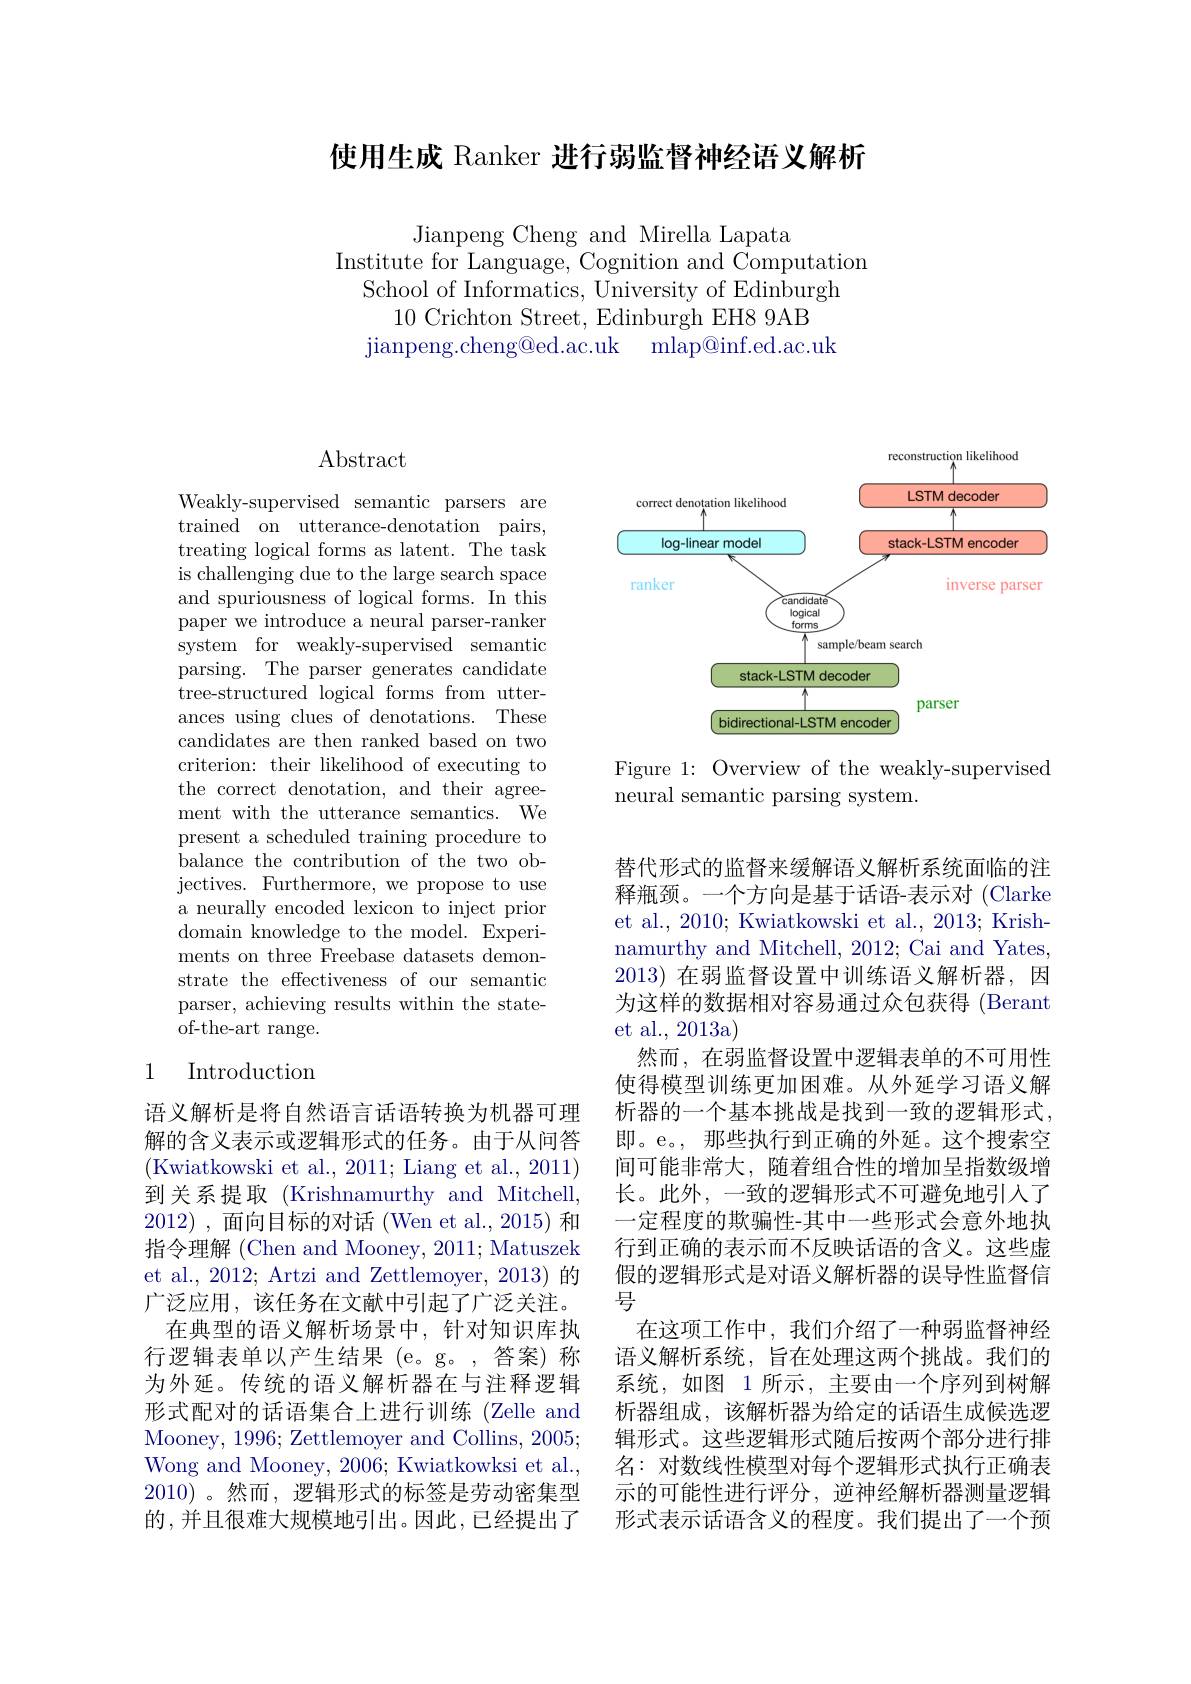
使用生成 Ranker 进行弱监督神经语义解析

Jianpeng Cheng and Mirella Lapata
Institute for Language, Cognition and Computation
School of Informatics, University of Edinburgh
10 Crichton Street, Edinburgh EH8 9AB
jianpeng. cheng@ ed. ac. uk mlap@ inf. ed. ac. uk

## $\operatorname{Abstract}$

Weakly-supervised semantic parsers are trained on utterance-denotation pairs, treating logical forms as latent. The task is challenging due to the large search space and spuriousness of logical forms. In this paper we introduce a neural parser-ranker system for weakly-supervised semantic parsing. The parser generates candidate tree-structured logical forms from utterances using clues of denotations. These candidates are then ranked based on two criterion: their likelihood of executing to the correct denotation, and their agreement with the utterance semantics. We present a scheduled training procedure to balance the contribution of the two objectives. Furthermore, we propose to use a neurally encoded lexicon to inject prior domain knowledge to the model. Experiments on three Freebase datasets demonstrate the effectiveness of our semantic parser, achieving results within the state- ${\mathrm{of-the-art~range.}}$

### 1 Introduction

语义解析是将自然语言话语转换为机器可理解的含义表示或逻辑形式的任务。由于从问答(Kwiatkowski et al., 2011; Liang et al., 2011) 到关系提取(Krishnamurthy and Mitchell, 2012) ,面向目标的对话 (Wen et al., 2015) 和指令理解 (Chen and Mooney, 2011; Matuszek et al., 2012; Artzi and Zettlemoyer, 2013) 的广泛应用，该任务在文献中引起了广泛关注。
在典型的语义解析场景中，针对知识库执行逻辑表单以产生结果(e。g。,答案)称为外延。传统的语义解析器在与注释逻辑形式配对的话语集合上进行训练(Zelle and Mooney, 1996; Zettlemoyer and Collins, 2005; Wong and Mooney, 2006; Kwiatkowksi et al., 2010)。然而，逻辑形式的标签是劳动密集型的，并且很难大规模地引出。因此，已经提出了

<FigureHere>

Figure 1: Overview of the weakly-supervised
neural semantic parsing system.

替代形式的监督来缓解语义解析系统面临的注释瓶颈。一个方向是基于话语-表示对 (Clarke et al., 2010; Kwiatkowski et al., 2013; Krishnamurthy and Mitchell, 2012; Cai and Yates, 2013) 在弱监督设置中训练语义解析器，因为这样的数据相对容易通过众包获得 (Berant et al., 2013a)
然而，在弱监督设置中逻辑表单的不可用性使得模型训练更加困难。从外延学习语义解析器的一个基本挑战是找到一致的逻辑形式， 即。e。, 那些执行到正确的外延。这个搜索空间可能非常大，随着组合性的增加呈指数级增长。此外，一致的逻辑形式不可避免地引入了一定程度的欺骗性-其中一些形式会意外地执行到正确的表示而不反映话语的含义。这些虚假的逻辑形式是对语义解析器的误导性监督信号
在这项工作中，我们介绍了一种弱监督神经语义解析系统，旨在处理这两个挑战。我们的系统，如图 1 所示，主要由一个序列到树解析器组成，该解析器为给定的话语生成候选逻辑形式。这些逻辑形式随后按两个部分进行排名：对数线性模型对每个逻辑形式执行正确表示的可能性进行评分，逆神经解析器测量逻辑形式表示话语含义的程度。我们提出了一个预